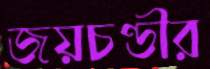
জয়চণ্ডীর